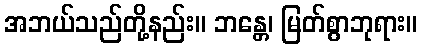
အဘယ်သည်တို့နည်း။ ဘန္တေ၊ မြတ်စွာဘုရား။